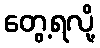
တွေ့ရလို့